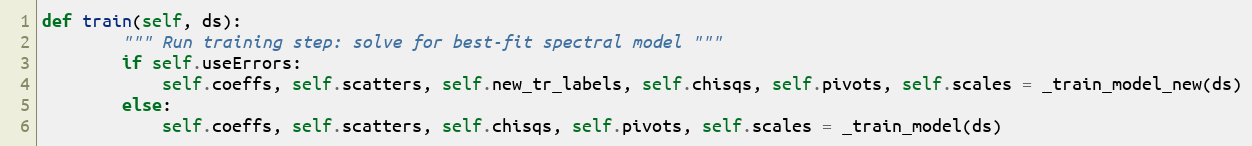
Language: Python
def train(self, ds):
        """ Run training step: solve for best-fit spectral model """
        if self.useErrors:
            self.coeffs, self.scatters, self.new_tr_labels, self.chisqs, self.pivots, self.scales = _train_model_new(ds)
        else:
            self.coeffs, self.scatters, self.chisqs, self.pivots, self.scales = _train_model(ds)